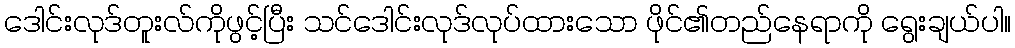
ဒေါင်းလုဒ်တူးလ်ကိုဖွင့်ပြီး သင်ဒေါင်းလုဒ်လုပ်ထားသော ဖိုင်၏တည်နေရာကို ရွေးချယ်ပါ။